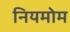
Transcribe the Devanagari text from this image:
नियमोम